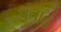
પતાહ